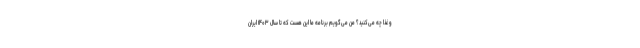
و غذا چه می‌کنید؟ من می‌گویم برنامه ما این هست که تا سال ۱۴۰۳ ایران